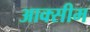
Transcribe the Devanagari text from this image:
आक्सीम